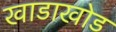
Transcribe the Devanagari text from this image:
खाडाखोड